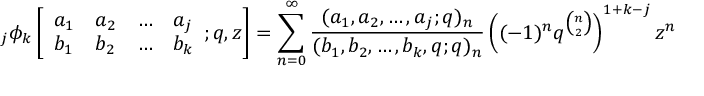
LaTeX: \; _ { j } \phi _ { k } \left[ { \begin{array} { l l l l } { a _ { 1 } } & { a _ { 2 } } & { \ldots } & { a _ { j } } \\ { b _ { 1 } } & { b _ { 2 } } & { \ldots } & { b _ { k } } \end{array} } ; q , z \right] = \sum _ { n = 0 } ^ { \infty } { \frac { ( a _ { 1 } , a _ { 2 } , \ldots , a _ { j } ; q ) _ { n } } { ( b _ { 1 } , b _ { 2 } , \ldots , b _ { k } , q ; q ) _ { n } } } \left( ( - 1 ) ^ { n } q ^ { \binom { n } { 2 } } \right) ^ { 1 + k - j } z ^ { n }